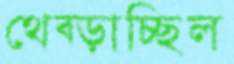
থেব্‌ড়াচ্ছিল